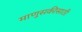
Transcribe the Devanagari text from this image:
माणुसकीसाठी